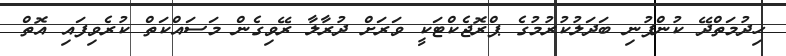
ހިދުމަތްދޭ ކުންފުނި ބަދަލުކުރުމުގެ ޕްރޮޖެކްޓަކީ ވަރަށް ދުރާލާ ރޭވިގެން މަސައްކަތް ކުރެވިފައި އޮތް